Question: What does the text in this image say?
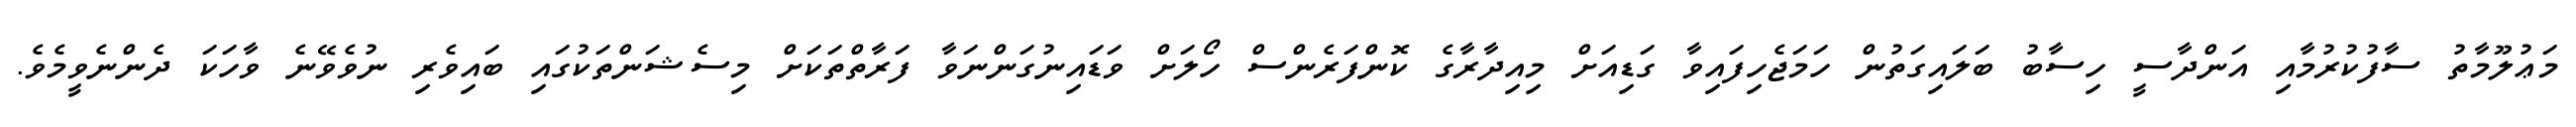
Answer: މަޢުލޫމާތު ސާފުކުރުމާއި އަންދާސީ ހިސާބު ބަލައިގަތުން ހަމަޖެހިފައިވާ ގަޑިއަށް މިއިދާރާގެ ކޮންފަރެންސް ހޯލަށް ވަޑައިނުގަންނަވާ ފަރާތްތަކަށް މިސެޝަންތަކުގައި ބައިވެރި ނުވެވޭނެ ވާހަކަ ދެންނެވީމެވެ.